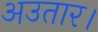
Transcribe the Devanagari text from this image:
अउतार।